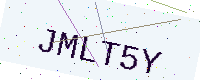
Text: JMLT5Y